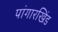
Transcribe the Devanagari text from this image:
पांगारखिंड